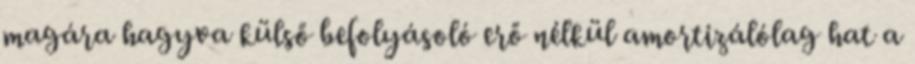
magára hagyva külső befolyásoló erő nélkül amortizálólag hat a